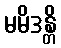
မမိဒန္တိ